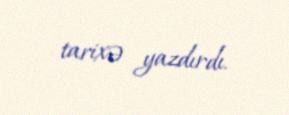
tarixə yazdırdı.